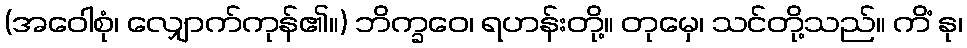
(အဝေါစုံ၊ လျှောက်ကုန်၏။) ဘိက္ခဝေ၊ ရဟန်းတို့။ တုမှေ၊ သင်တို့သည်။ ကိံ နု၊